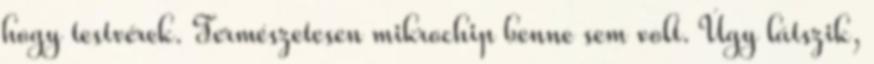
hogy testvérek. Természetesen mikrochip benne sem volt. Úgy látszik,